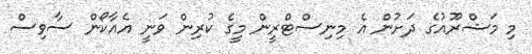
މި މަޝްރޫއުގެ ދަށުން އެ މިނިސްޓްރީން މީގެ ކުރިން ވަނީ އެއާކޯން ސާވިސް